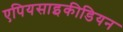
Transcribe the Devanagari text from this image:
एपियसाइकीडियन